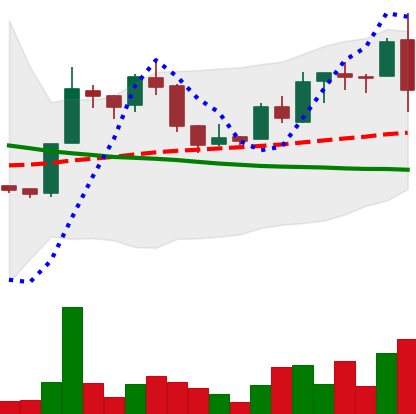
Ticker: LTC-USD
Chart end date: 2015-12-12
Forward return: 3.707%
Label: up_3_5